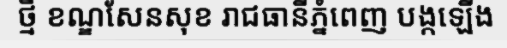
ថ្មី ខណ្ឌសែនសុខ រាជធានីភ្នំពេញ បង្កឡើង